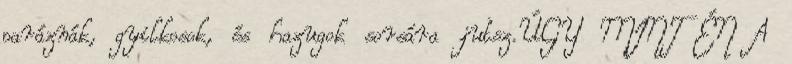
paráznák, gyilkosok, és hazugok sorsára jutsz.ÚGY MINT ÉN A